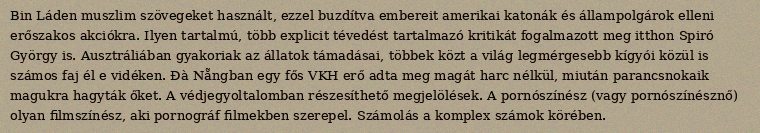
Bin Láden muszlim szövegeket használt, ezzel buzdítva embereit amerikai katonák és állampolgárok elleni erőszakos akciókra. Ilyen tartalmú, több explicit tévedést tartalmazó kritikát fogalmazott meg itthon Spiró György is. Ausztráliában gyakoriak az állatok támadásai, többek közt a világ legmérgesebb kígyói közül is számos faj él e vidéken. Đà Nẵngban egy fős VKH erő adta meg magát harc nélkül, miután parancsnokaik magukra hagyták őket. A védjegyoltalomban részesíthető megjelölések. A pornószínész (vagy pornószínésznő) olyan filmszínész, aki pornográf filmekben szerepel. Számolás a komplex számok körében.